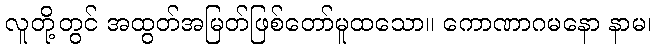
လူတို့တွင် အထွတ်အမြတ်ဖြစ်တော်မူထသော။ ကောဏာဂမနော နာမ၊